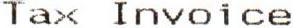
TAX INVOICE